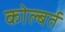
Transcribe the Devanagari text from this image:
कोल्बर्त